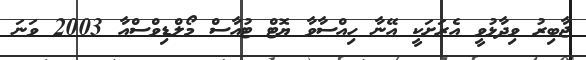
ޖާބިރު ވިދާޅުވީ އެރަށަކީ އޭނާ ހިއްސާވާ ޔޮޓް ޓުއާސް މޯލްޑިވްސްއާ 2003 ވަނަ